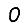
Digit: 0